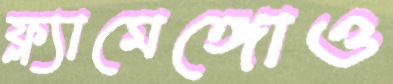
ফ্ল্যামেঙ্গোও